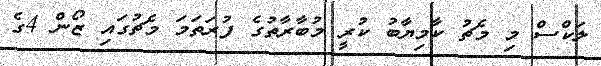
ލަކްސް މި މެޗު ކާމިޔާބު ކުރީ މުބާރާތުގެ ފުރަތަމަ މެޗުގައި ޒޯން 4ގެ